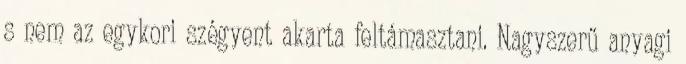
s nem az egykori szégyent akarta feltámasztani. Nagyszerű anyagi